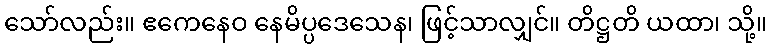
သော်လည်း။ ဧကေနေဝ နေမိပ္ပဒေသေန၊ ဖြင့်သာလျှင်။ တိဋ္ဌတိ ယထာ၊ သို့။